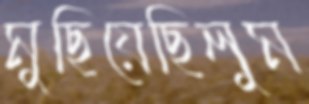
মুছিয়েছিলুম